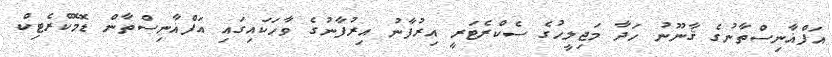
އަފްޣާނިސްތާނުގެ ޤާނޫނު ހަދާ މަޖިލީހުގެ ސެކްރެޓަރީ އިރުފާނު އިރުފާނުގެ ވާހަކައިގައި އަފްޣާނިސްތާން ޑޮމޮކްރެޓިކް